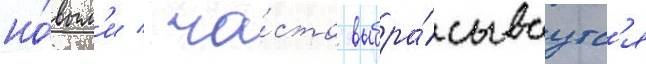
но́вым'и / ча́сто выбра́сываутс'я